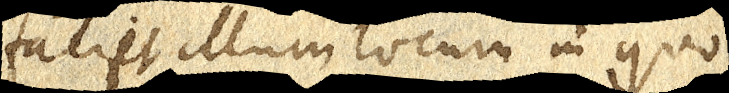
faciet illum locum in quo